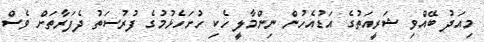
މިއަދު ބޭއްވި ޝަރީއަތުގެ އަޑުއެހުން ނިންމާލީ ހެކި ހުށަހެޅުމުގެ ފުރުސަތު ދެފަރާތަށް ވެސް